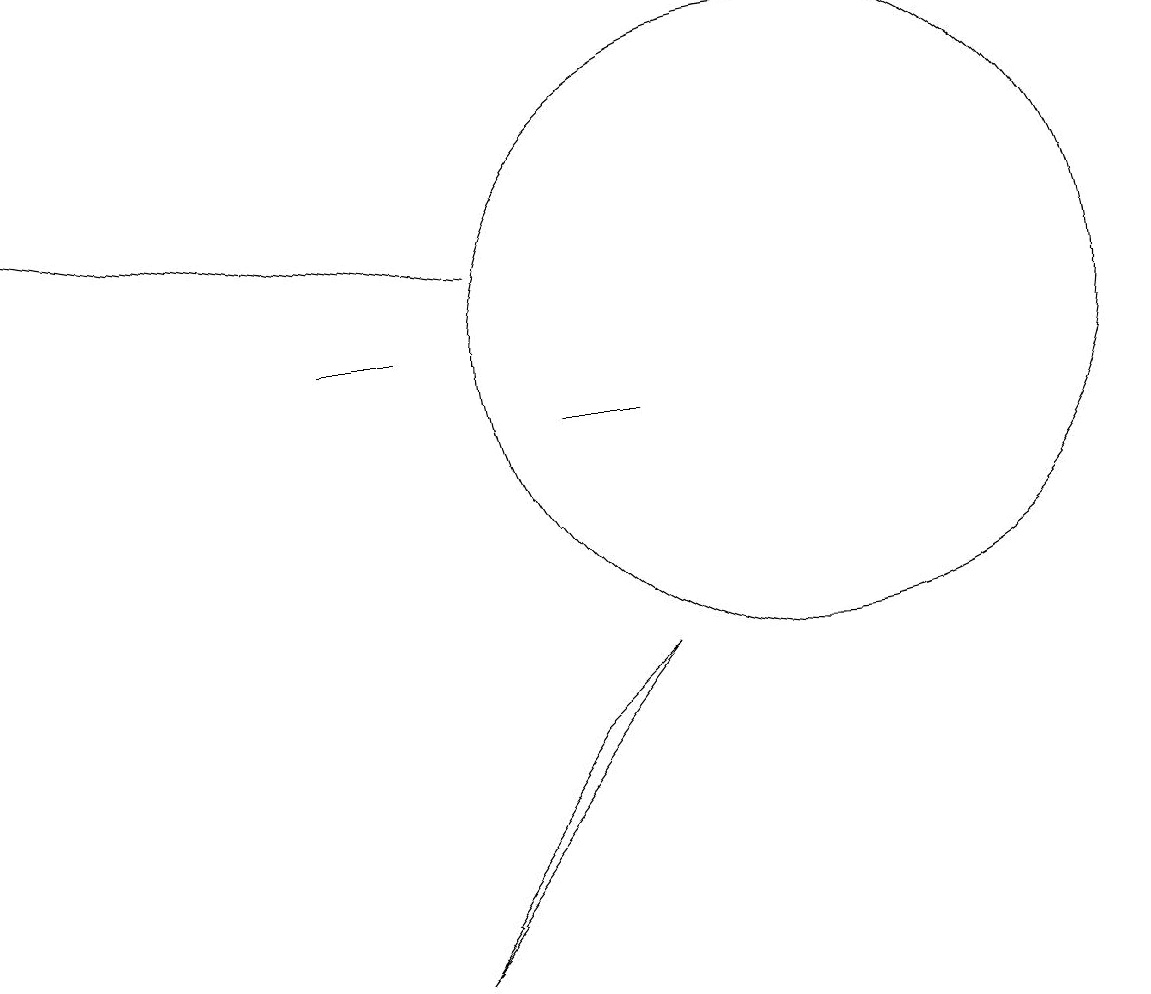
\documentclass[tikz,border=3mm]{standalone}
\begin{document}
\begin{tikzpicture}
\draw (9,7) -- (6,3) -- (8,6) -- cycle;
\draw (11,11) circle (4);
\draw (6,11) rectangle (5,11);
\draw[->] (7,12) -- (1,13);
\draw (9,10) rectangle (8,10);
\draw (10,11) circle (0);
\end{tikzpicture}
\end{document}